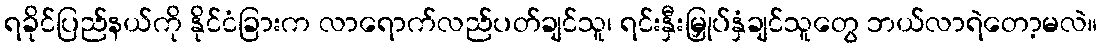
ရခိုင်ပြည်နယ်ကို နိုင်ငံခြားက လာရောက်လည်ပတ်ချင်သူ၊ ရင်းနှီးမြှုပ်နှံချင်သူတွေ ဘယ်လာရဲတော့မလဲ။